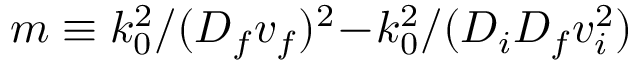
m \equiv k _ { 0 } ^ { 2 } / ( D _ { f } v _ { f } ) ^ { 2 } \! - \! k _ { 0 } ^ { 2 } / ( D _ { i } D _ { f } v _ { i } ^ { 2 } )